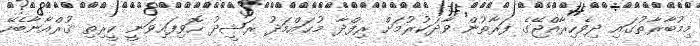
މިމުބާރާތުގައި ދިވެހިރާއްޖޭގެ ފަރާތުން ވާދަކުރުމަށް ރިފްދާ މުޙައްމަދު ރަޝީދު ހޮވިފައިވަނީ ކީރިތި ޤުރްއާނާބެހޭ